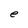
Character: e